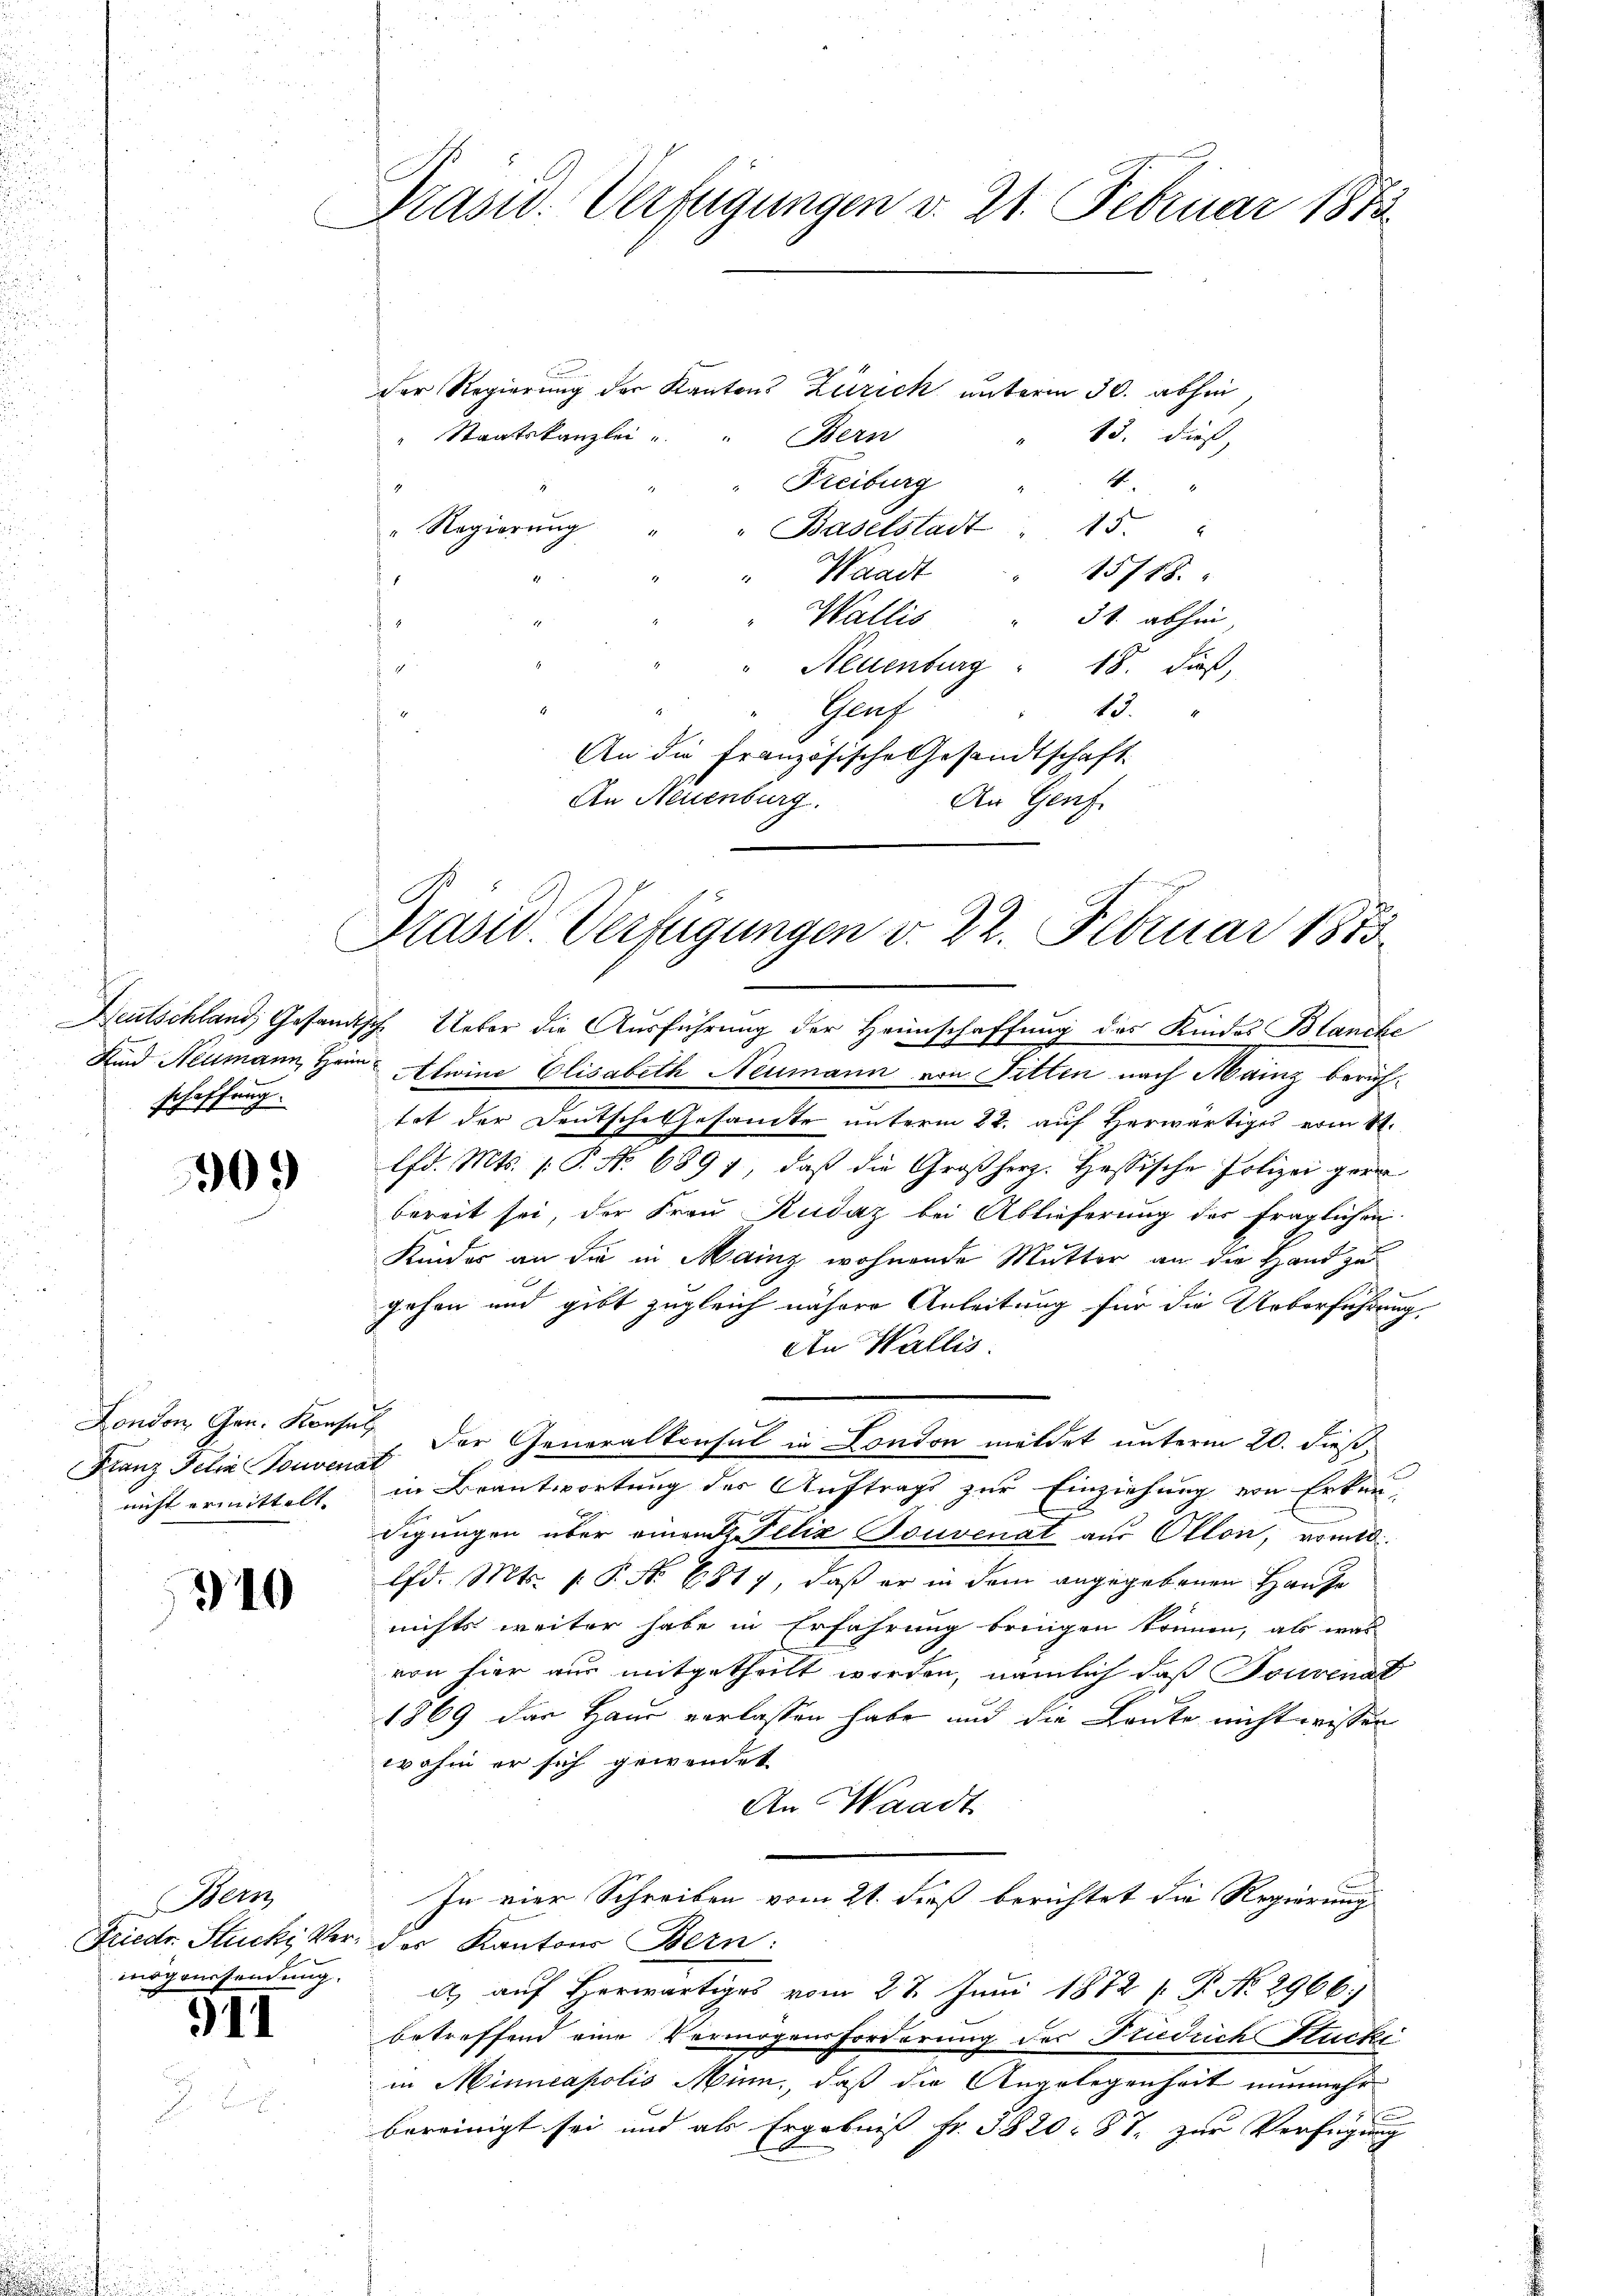
Deutschland, Gesandtsch
Kind Neumann, Heim
schaffung.

909

Franz Felia Convenar
nicht ermittelt.

310

Her
Friedr. Stucki, Vermögenssendung.

)11

Präsid. Verfügungen v. 21. Februar 1873.

Der Regierung der Kantons Zürich unterm 30. abhin,
" Staatskanzlei
Bern
Freiburg
1
" Regierung
" Baselstadt 15.
15718.
“ Waadt
Wallis
31. abhin
1
Neuenburg " 18. dieß,
Gruf
1.
An die Französische Gesandtschaft.
An Neuenburg.
An Genf

Pasid. Verfügungen v. 22. Februar 1875.

13. dieß,
4.

2. Ueber die Ausführung der Heimschaffung des Kindes Blanche
Alwine Elisabeth Neumann von Fitten nach Mainz beruftet der Deutsche Gesamte unterm 22. auf Herwärtiges vom 11.
lfd. Mts. 1. P. No 6891, daß die Großherz. Hessische Polizei gera
bereit sei, der Frau Kudaz bei Ablieferung des fraglichen
Kinder an die in Mainz wohnende Mutter an die Hand zu
gehen und gibt zugleich nähere Anleitung für die Ueberführung,
An Wallis.
London, Gen. Konsul der Generalkonsul in London meldet unterm 20. dieß,
in Beantwortung des Auftrags zur Einziehung von Erken
digungen über einen Felix Bouvenat aus Otton, womit
lfd. Mts. P.P. No 6817, daß er in dem angegebenen Hause
nichts weiter habe in Erfahrung bringen können, als was
von hier aus mitgetheilt worden, nämlich daß Tonvenat
1869 das Haus verlassen habe und die Leute nicht wissen
wahm er sich gewendet
An Waadt
In vier Schreiben vom 21. dieß berichtet die Regierung
des Kantons Bern:
a, auf Herwärtiges vom 27. Juni 1872 f. P. No 2966
betreffend eine Vermögensforderung des Friedrich Stucki
in Minneapolis Min., daß die Angelegenheit nunmehr
t
bereinigt sei und als Ergebniß fr. 3820 = 87 zur Verfügung